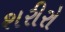
શરીરો